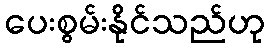
ပေးစွမ်းနိုင်သည်ဟု